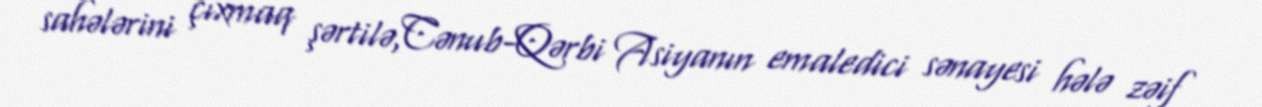
sahələrini çıxmaq şərtilə,Cənub-Qərbi Asiyanın emaledici sənayesi hələ zəif